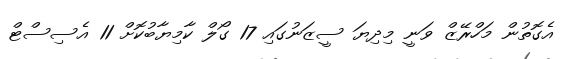
އެގޮތުން މަހްރޭޒް ވަނީ މިދިޔަ ސީޒަނުގައި 17 ގޯލް ކާމިޔާބުކޮށް 11 އެސިސްޓް